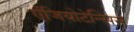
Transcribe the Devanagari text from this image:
एंजियोटेन्सिस